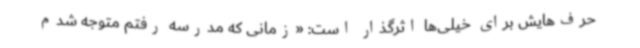
حرف‌هایش برای خیلی‌ها اثرگذار است: «زمانی که مدرسه رفتم متوجه شدم